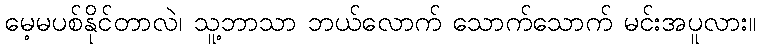
မေ့မပစ်နိုင်တာလဲ၊ သူ့ဘာသာ ဘယ်လောက် သောက်သောက် မင်းအပူလား။